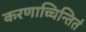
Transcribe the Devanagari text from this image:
करणाच्चिन्तितं